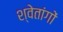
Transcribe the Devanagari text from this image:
श्वेतांगों